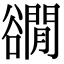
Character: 𧯎